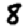
Digit: 8